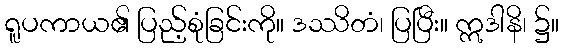
ရူပကာယ၏ ပြည့်စုံခြင်းကို။ ဒဿိတံ၊ ပြပြီး။ ဣဒါနိ၊ ၌။